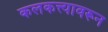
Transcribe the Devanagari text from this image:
कलकत्त्यावरून